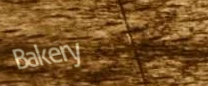
Bakery